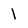
Character: 1